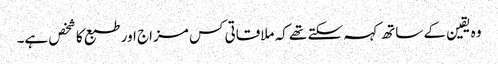
وہ یقین کے ساتھ کہہ سکتے تھے کہ ملاقاتی کس مزاج اور طبع کا شخص ہے۔